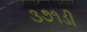
૩૭૧ડી